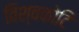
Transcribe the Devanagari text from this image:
विश्वकोटि